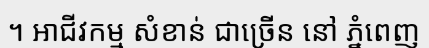
។ អាជីវកម្ម សំខាន់ ជាច្រើន នៅ ភ្នំពេញ